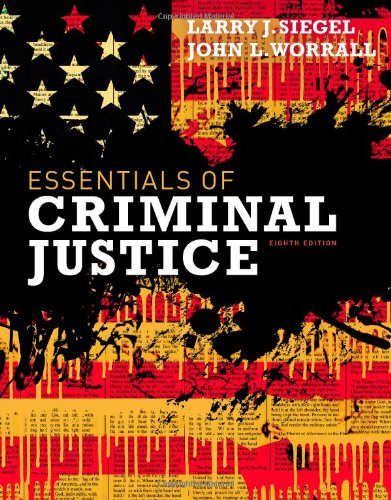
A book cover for Essentials of Criminal Justice; Larry J. Siegel; Law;